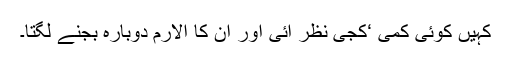
کہیں کوئی کمی ‘کجی نظر آئی اور ان کا الارم دوبارہ بجنے لگتا۔